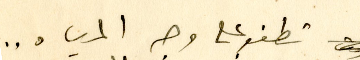
تطفو على وجه المياه ..